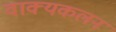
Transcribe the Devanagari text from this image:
वाक्यकलन